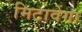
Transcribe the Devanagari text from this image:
मिटावेगा